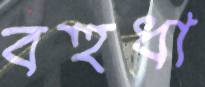
বহুধা